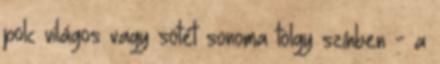
polc világos vagy sötét sonoma tölgy színben - a